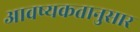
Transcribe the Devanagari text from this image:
आवष्यकतानुसार